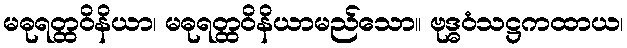
မဓုရတ္ထဝိနိယာ၊ မဓုရတ္ထဝိနိယာမည်သော။ ဗုဒ္ဓဝံသဋ္ဌကထာယ၊